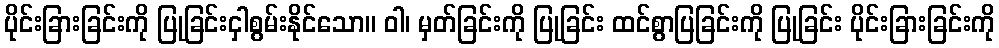
ပိုင်းခြားခြင်းကို ပြုခြင်းငှါစွမ်းနိုင်သော။ ဝါ၊ မှတ်ခြင်းကို ပြုခြင်း ထင်စွာပြခြင်းကို ပြုခြင်း ပိုင်းခြားခြင်းကို